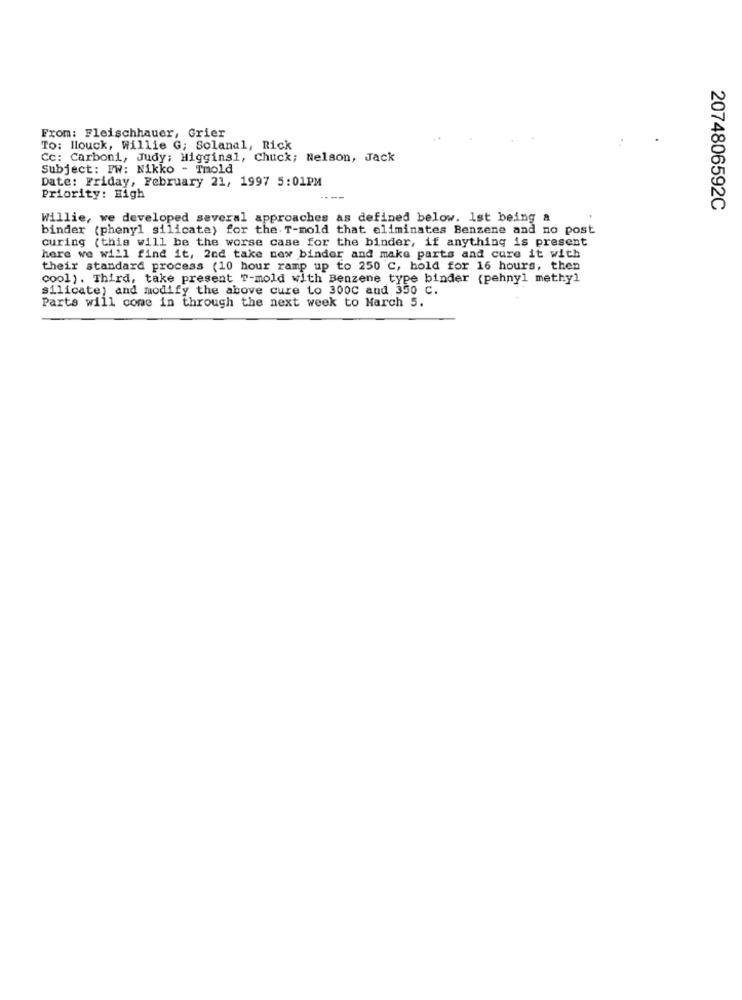
From: Fleischhauer, Grier
To: llouck, Willie G; Solanal, Rick
Cc: Carboni, Judy; Higgins1, Chuck; Nelson, Jack
Subject: FW: Nikko - Tmold
Date: Friday, February 21, 1997 5:01PM
Priority: High
2074806592C
Willie, we developed several approaches as defined below. Ist being a
binder (phenyl silicate) for the T-mold that eliminates Benzene and no post
curing (this will be the worse case for the binder, if anything is present
here we will find it, 2nd take new binder and make parts and cure it with
their standard process (10 hour ramp up to 250 ℃, hold for 16 hours, then
cool). Third, take present T-mold with Benzene type binder (pehnyl methyl
silicate) and modify the above cure to 300C and 350 C.
Parts will come in through the next week to March 5.